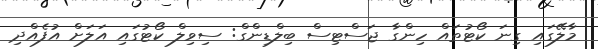
މާލޭގައި ގިނަ ކޯޓުތައް ހިންގާ ޖަސްޓިސް ބިލްޑިންގް: ސިވިލް ކޯޓުގައި އަލަށް އުފެއްދި